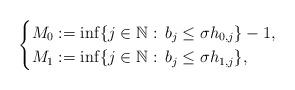
LaTeX: \begin{align*}\begin{cases}M_0 :=\inf\{j \in \mathbb{N}:\, b_j \leq \sigma h_{0,j}\}-1, &\\M_1 :=\inf\{j \in \mathbb{N}:\, b_j \leq \sigma h_{1,j}\}, &\end{cases}\end{align*}